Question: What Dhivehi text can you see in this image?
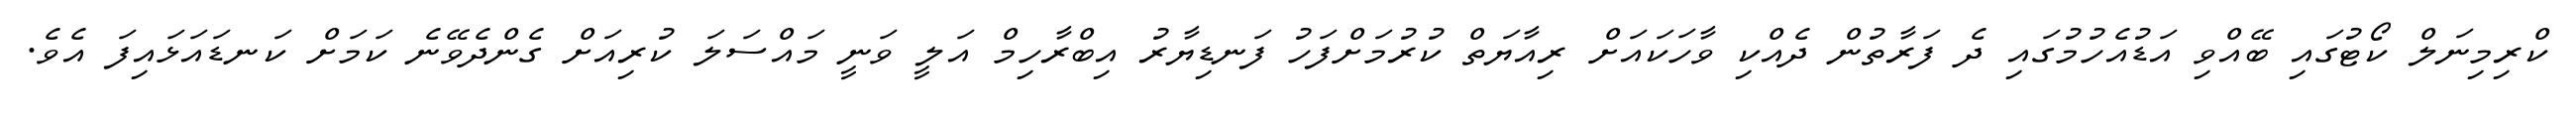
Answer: ކްރިމިނަލް ކޯޓުގައި ބޭއްވި އަޑުއެހުމުގައި ދެ ފަރާތުން ދެއްކި ވާހަކައަށް ރިއާޔަތް ކުރުމަށްފަހު ފަނޑިޔާރު އިބްރާހިމް އަލީ ވަނީ މައްސަލަ ކުރިއަށް ގެންދެވޭނެ ކަމަށް ކަނޑައަޅައިފަ އެވެ.